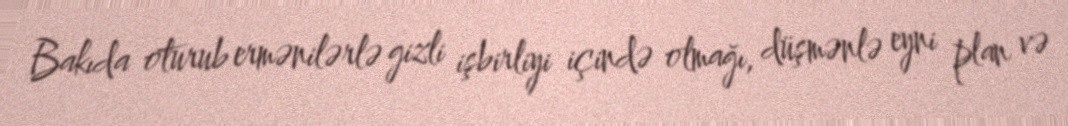
Bakıda oturub ermənilərlə gizli işbirliyi içində olmağı, düşmənlə eyni plan və